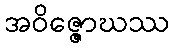
အဝိဇ္ဇောဃဿ